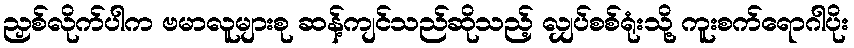
ညှစ်လိုက်ပါက ဗမာလူများစု ဆန့်ကျင်သည်ဆိုသည့် လျှပ်စစ်ရုံးသို့ ကူးစက်ရောဂါပိုး